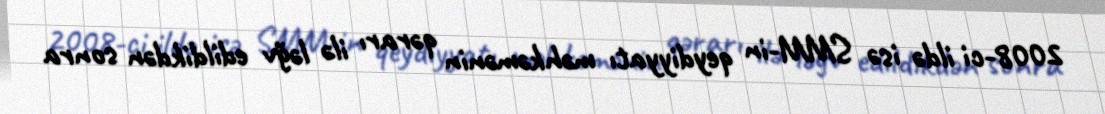
2008-ci ildə isə SMM-in qeydiyyatı məhkəmənin qərarı ilə ləğv edildikdən sonra